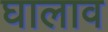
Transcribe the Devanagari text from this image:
घालाव